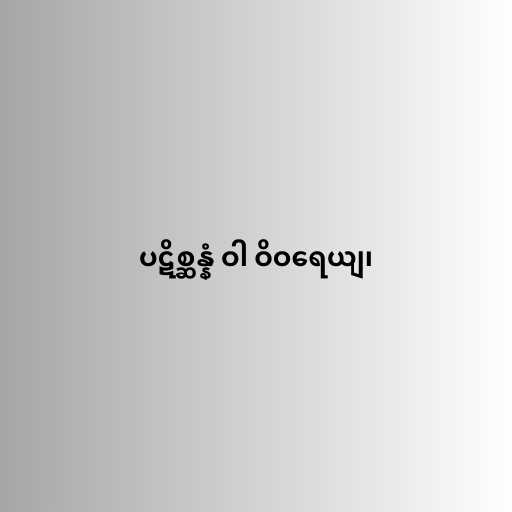
ပဋိစ္ဆန္နံ ဝါ ဝိဝရေယျ၊